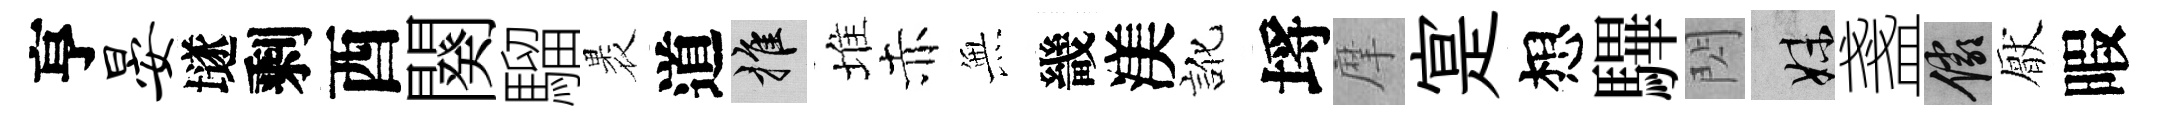
亨晏𡑞剩酉闋騮褁道推堆赤𭴾畿渼訛埓摩寔想驆閃妹盞儼厭暇